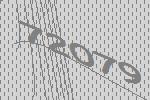
72079